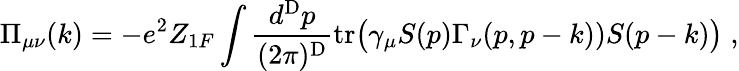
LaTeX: \Pi_{\mu\nu}(k)=-e^{2}Z_{1F}\int\frac{d^{\mathrm{D}}p}{(2\pi)^{\mathrm{D}}}\mathrm{tr}\bigl(\gamma_{\mu}S(p)\Gamma_{\nu}(p,p-k))S(p-k)\bigr)\; ,